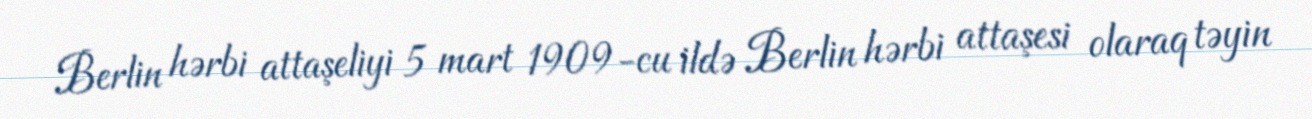
Berlin hərbi attaşeliyi 5 mart 1909-cu ildə Berlin hərbi attaşesi olaraq təyin